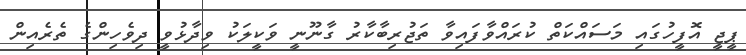
ޕީޖީ އޮފީހުގައި މަސައްކަތް ކުރައްވާފައިވާ ތަޖުރިބާކާރު ގާނޫނީ ވަކީލަކު ވިދާޅުވީ ދިވެހިންގެ ތެރެއިން